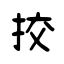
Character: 挍